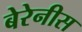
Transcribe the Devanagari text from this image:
बेरेनीस